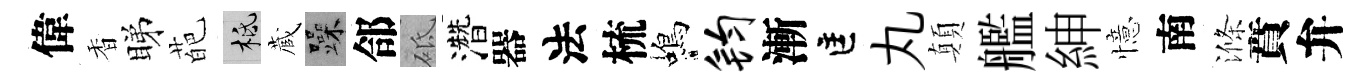
偉香睇葩柢蔵躁郃砥濳器法梳蝎钧漸匡丸顛艦紳憶南滌賁弁